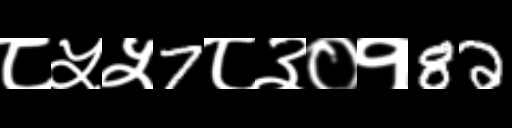
Text: ८५५7८३०१82